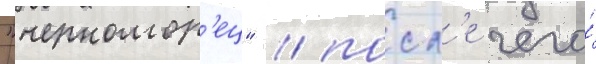
"черномор'ец" / посл'е чего́